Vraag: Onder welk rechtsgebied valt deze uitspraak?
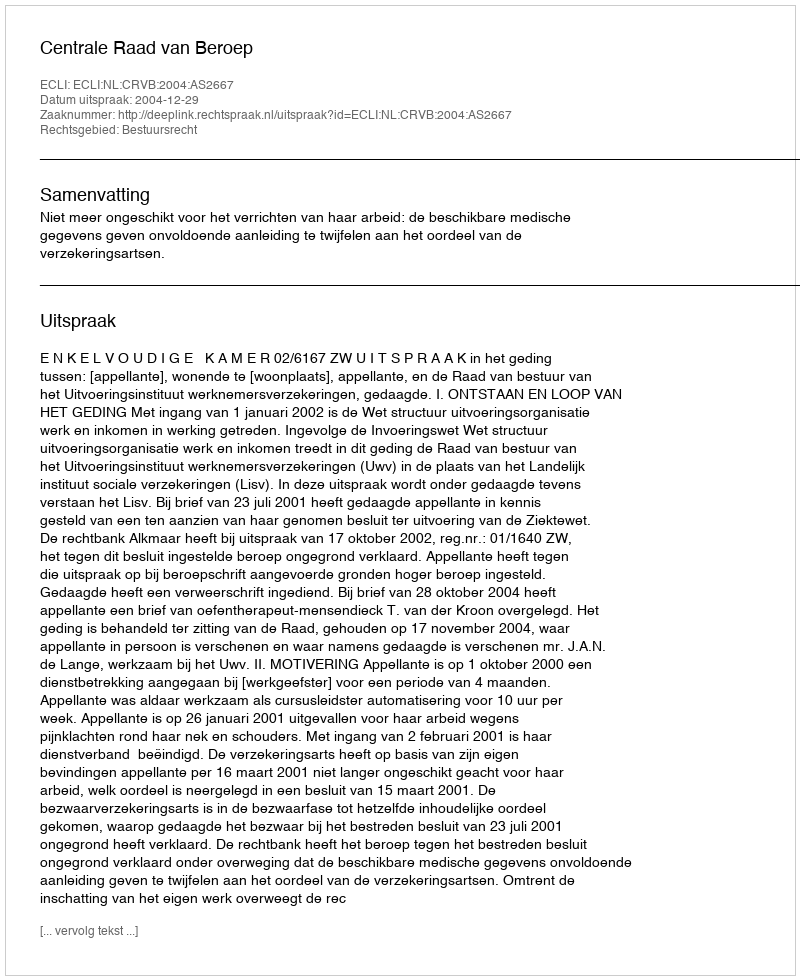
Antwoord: Bestuursrecht